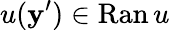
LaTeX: u(\mathbf{y}^{\prime})\in\mathrm{{Ran}}\, u